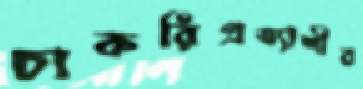
চাকরিপ্রত্যাশীর